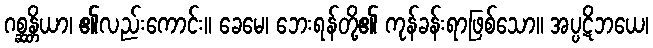
ဂစ္ဆန္တိယာ၊ ၏လည်းကောင်း။ ခေမေ၊ ဘေးရန်တို့၏ ကုန်ခန်းရာဖြစ်သော။ အပ္ပဋိဘယေ၊